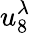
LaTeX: u_{8}^{\lambda}